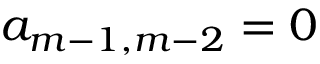
a _ { m - 1 , m - 2 } = 0